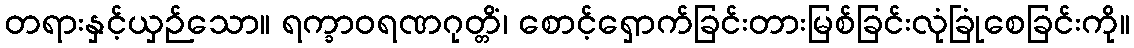
တရားနှင့်ယှဉ်သော။ ရက္ခာဝရဏဂုတ္တိံ၊ စောင့်ရှောက်ခြင်းတားမြစ်ခြင်းလုံခြုံစေခြင်းကို။